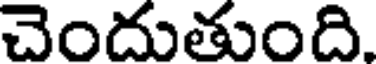
చెందుతుంది.